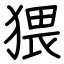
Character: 猥